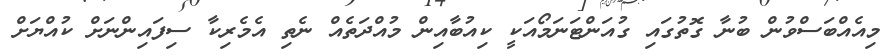
މިއެއްބަސްވުން ބުނާ ގޮތުގައި ގުއަންޓަނަމޯއަކީ ކިއުބާއިން މުއްދަތެއް ނެތި އެމެރިކާ ސިފައިންނަށް ކުއްޔަށް